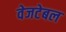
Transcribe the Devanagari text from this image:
वेजटेबल